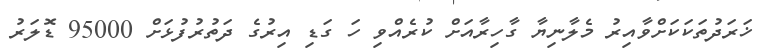
ޚަރަދުތަކަކަށްވާއިރު މެލާނިޔާ ގާހިރާއަށް ކުރެއްވި ހަ ގަޑި އިރުގެ ދަތުރުފުޅަށް 95000 ޑޮލަރު